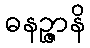
ဓနဉ္ဇာနိ